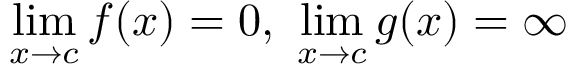
\operatorname* { l i m } _ { x \to c } f ( x ) = 0 , \ \operatorname* { l i m } _ { x \to c } g ( x ) = \infty